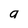
Character: a